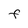
Character: F